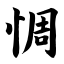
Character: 惆